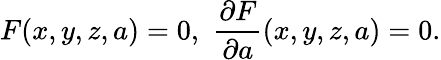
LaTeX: F(x,y,z,a)=0,\, \, {\frac{\partial F}{\partial a}}(x,y,z,a)=0.